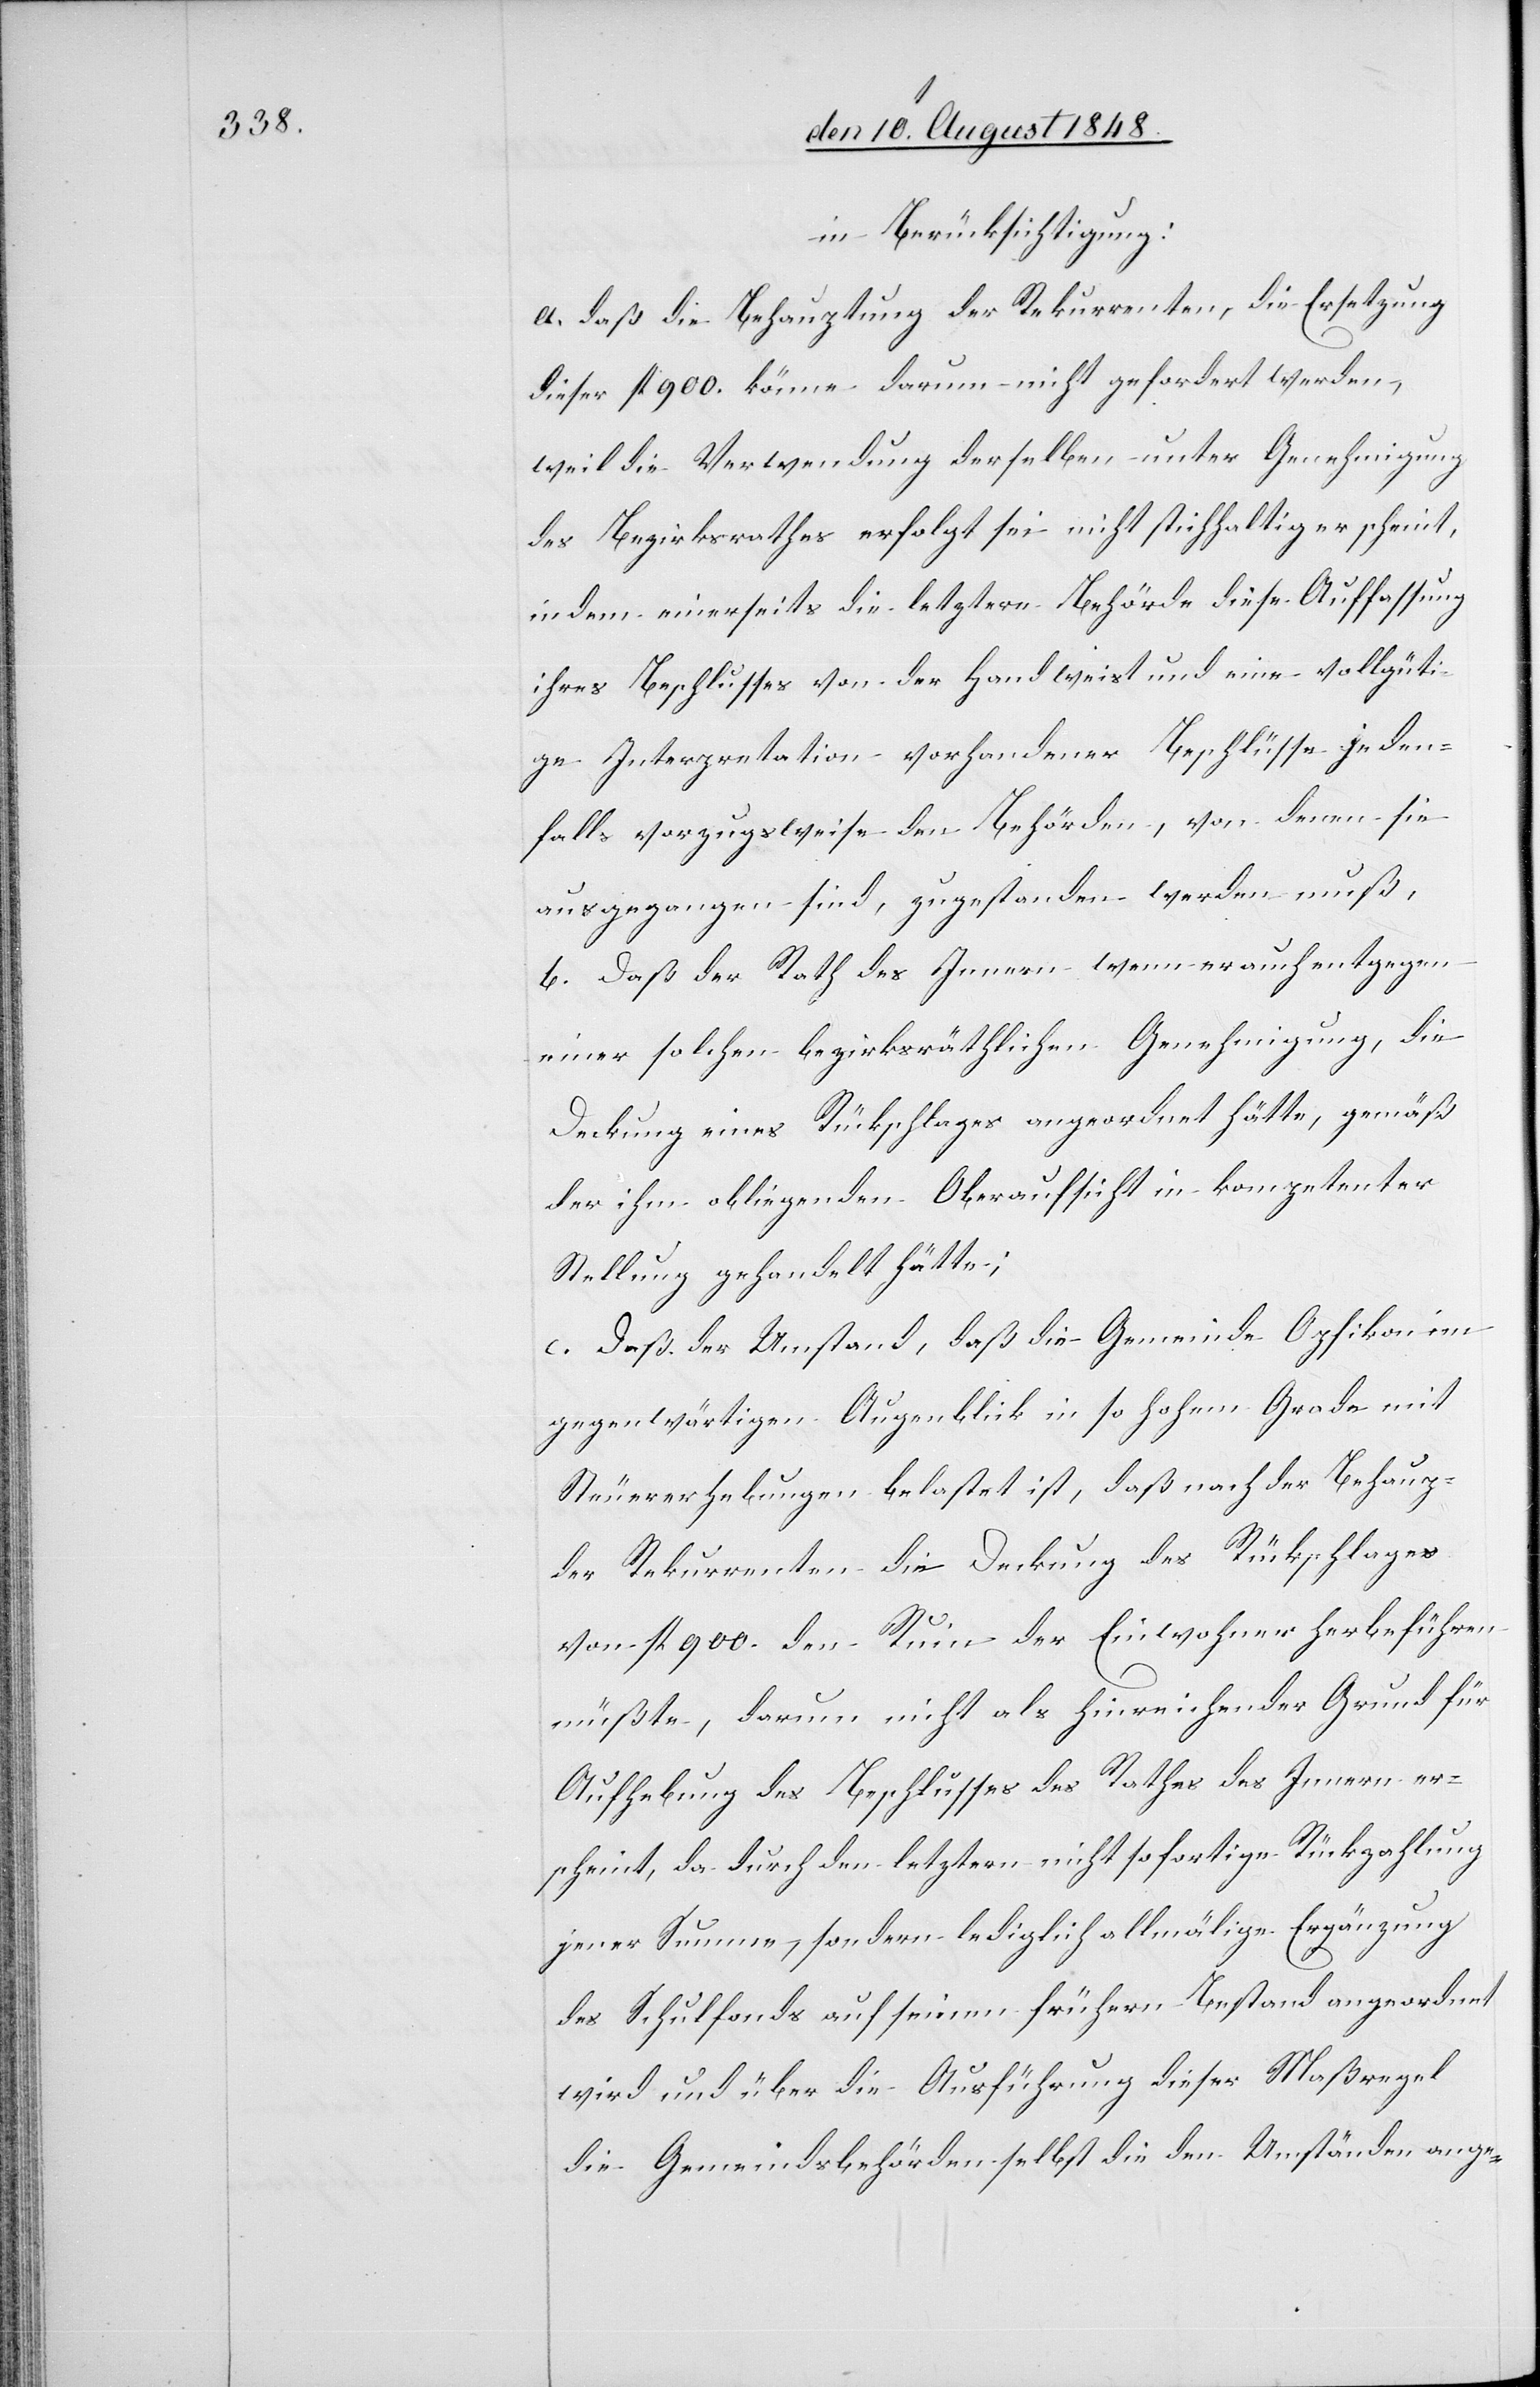
in Berücksichtigung:
a. daß die Behauptung der Rekurrenten, die Ersetzung
dieser fl. 900. könne darum nicht gefordert werden,
weil die Verwendung derselben unter Genehmigung
des Bezirksrathes erfolgt sei nicht stichhaltig erscheint,
indem einerseits die letztere Behörde diese Auffassung
ihres Beschlusses von der Hand weist und eine vollgüti¬
ge Interpretation vorhandener Beschlüsse jeden¬
falls vorzugsweise den Behörden, von denen sie
ausgegangen sind, zugestanden werden muß,
b. Daß der Rath des Innern wenn er auch entgegen
einer solchen bezirksräthlichen Genehmigung, die
Deckung eines Rückschlages angeordnet hätte, gemäß
der ihm obliegenden Oberaufsicht in kompetenter
Stellung gehalten hätte;
c. Daß der Umstand, daß die Gemeinde Opfikon im
gegenwärtigen Augenblick in so hohem Grade mit
Steuererhebungen belastet ist, daß nach der Behaup¬
tung Rekurrenten die Deckung des Rückschlages
von fl. 900. den Ruin der Einwohner herbeiführen
müßte, darum nicht als hinreichender Grund für
Aufhebung des Beschlusses des Rathes des Innern er¬
scheint, da durch den letztern nicht sofortige Rückzahlung
jener Summe, sondern lediglich allmälige Ergänzung
des Schulfonds auf seinem frühern Bestand angeordnet
wird und über die Ausführung dieser Maßregel
die Gemeindsbehörden selbst die den Umständen ange-